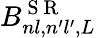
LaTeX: B_{nl,n^{\prime}l^{\prime},L}^{\mathrm{~S~R~}}